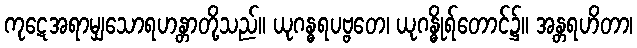
ကုဋေအရာမျှသောရဟန္တာတို့သည်။ ယုဂန္ဓရပဗ္ဗတေ၊ ယုဂန္ဓိုရ်တောင်၌။ အန္တရဟိတာ၊